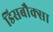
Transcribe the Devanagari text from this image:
डिसबौक्सा